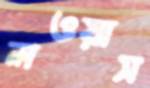
লওয়াস